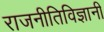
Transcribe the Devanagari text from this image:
राजनीतिविज्ञानी